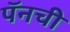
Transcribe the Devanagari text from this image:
पॅनची